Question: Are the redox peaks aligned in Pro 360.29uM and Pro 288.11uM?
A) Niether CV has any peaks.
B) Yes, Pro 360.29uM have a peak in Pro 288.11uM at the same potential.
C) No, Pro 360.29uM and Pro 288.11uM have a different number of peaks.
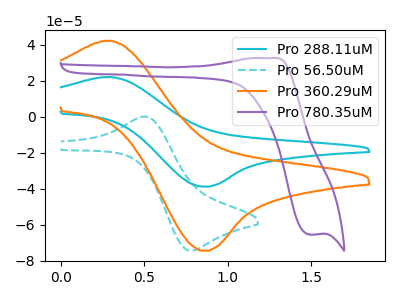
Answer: <think>The cyan curve "Pro 288.11uM" has an anodic peak at (0.30V, 22.00uA) and a cathodic peak at (0.85V, -38.85uA). The cyan dashed curve "Pro 56.50uM" has an anodic peak at (0.50V, 0.00uA) and a cathodic peak at (0.80V, -74.40uA). The orange curve "Pro 360.29uM" has an anodic peak at (0.30V, 42.10uA) and a cathodic peak at (0.85V, -74.40uA). The purple curve "Pro 780.35uM" has an anodic peak at (1.25V, 32.50uA) and a cathodic peak at (1.50V, -65.40uA).</think>
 <answer>B) Yes, "Pro 360.29uM" have a peak in "Pro 288.11uM" at the same potential.</answer>
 <eval>B</eval>